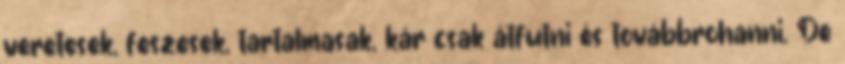
veretesek, feszesek, tartalmasak, kár csak átfutni és továbbrohanni. De